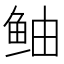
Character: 鲉